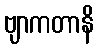
ဗျာကတာနိ